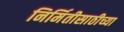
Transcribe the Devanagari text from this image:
निर्मितीसाठीच्या